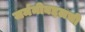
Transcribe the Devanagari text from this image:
जर्मनीबद्दलची